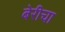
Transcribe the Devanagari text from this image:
बेरीचा